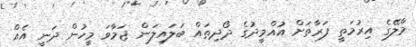
މާލޭގެ އިރުމަތީ ފަރާތަށް އުއްމީދުގެ ދޯދިތައް ބަލައިލަން ޖަމާވަ މީހުން ދަނީ އެއް